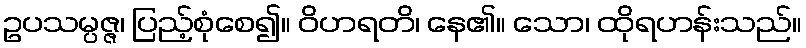
ဥပသမ္ပဇ္ဇ၊ ပြည့်စုံစေ၍။ ဝိဟရတိ၊ နေ၏။ သော၊ ထိုရဟန်းသည်။